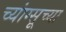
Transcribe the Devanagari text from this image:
च्यांग्सूच्या